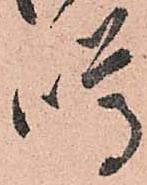
噂